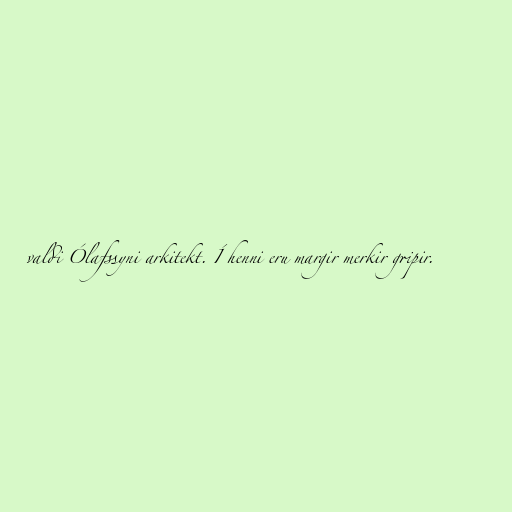
valdi Ólafssyni arkitekt. Í henni eru margir merkir gripir.